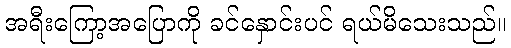
အရီးကြော့အပြောကို ခင်နှောင်းပင် ရယ်မိသေးသည်။